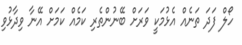
ހޯލް ފަދަ ތަނެއް އެޅުމަކީ ވަރަށް ބޭނުންތެރި ކަމެއް ކަމަށް އޭނާ ވިދާޅުވި